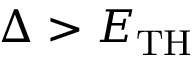
\Delta > E _ { \mathrm { T H } }